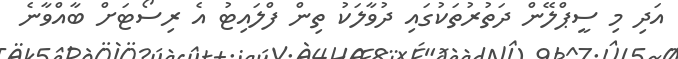
އަދި މި ސީޕްލޭން ދަތުރުތަކުގައި ދުވާލަކު ތިން ފްލައިޓު އެ ރިސޯޓަށް ބާއްވާނެ